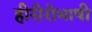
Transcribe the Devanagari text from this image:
हीरीरोभाषी